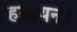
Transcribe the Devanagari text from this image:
हसायन।